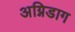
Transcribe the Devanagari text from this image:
अग्निडाग